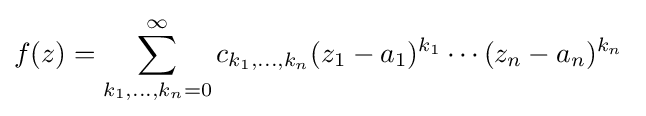
f(z)=\sum _{k_{1},\dots ,k_{n}=0}^{\infty }c_{k_{1},\dots ,k_{n}}(z_{1}-a_{1})^{k_{1}}\cdots (z_{n}-a_{n})^{k_{n}}\